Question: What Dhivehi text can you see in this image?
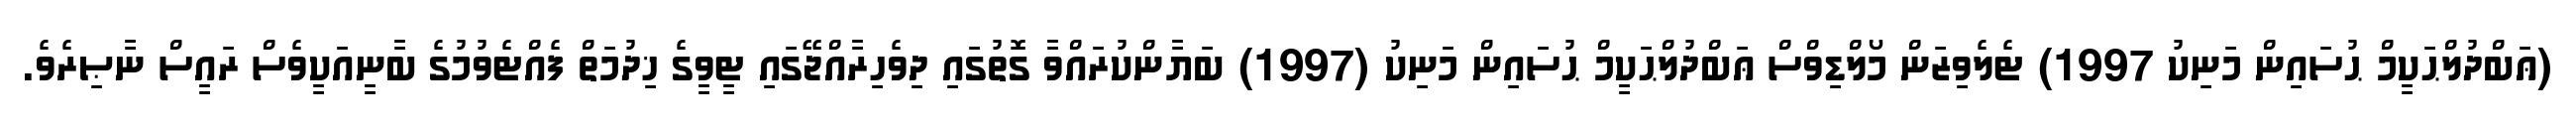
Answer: (ޢަބްދުލްޙަކީމް ޙުސައިން މަނިކު 1997) ޓެލެވިޒަން މޯލްޑިވްސް ޢަބްދުލްޙަކީމް ޙުސައިން މަނިކު (1997) ބަޔާންކުރައްވާ ގޮތުގައި ދިވެހިރާއްޖޭގައި ޓީވީގެ ޚިދުމަތް ފެއްޓެވުމުގެ ބާނީއަކީވެސް ރައީސް ނާޞިރެވެ.